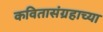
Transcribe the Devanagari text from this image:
कवितासंग्रहाच्या